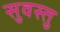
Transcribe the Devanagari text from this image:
सुवस्तु